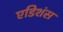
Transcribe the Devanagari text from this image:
एडिशंस